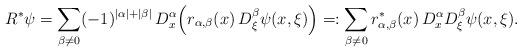
LaTeX: \begin{align*} R^*\psi & = \sum_{\beta \neq 0} (-1)^{|\alpha|+|\beta|}\, D^\alpha_x\Big(r_{\alpha,\beta}(x)\,D^\beta_{\xi} \psi(x,\xi)\Big) =:\sum_{\beta \neq 0} r^*_{\alpha,\beta}(x)\,D^\alpha_x D^\beta_{\xi}\psi(x,\xi). \end{align*}